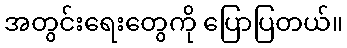
အတွင်းရေးတွေကို ပြောပြတယ်။